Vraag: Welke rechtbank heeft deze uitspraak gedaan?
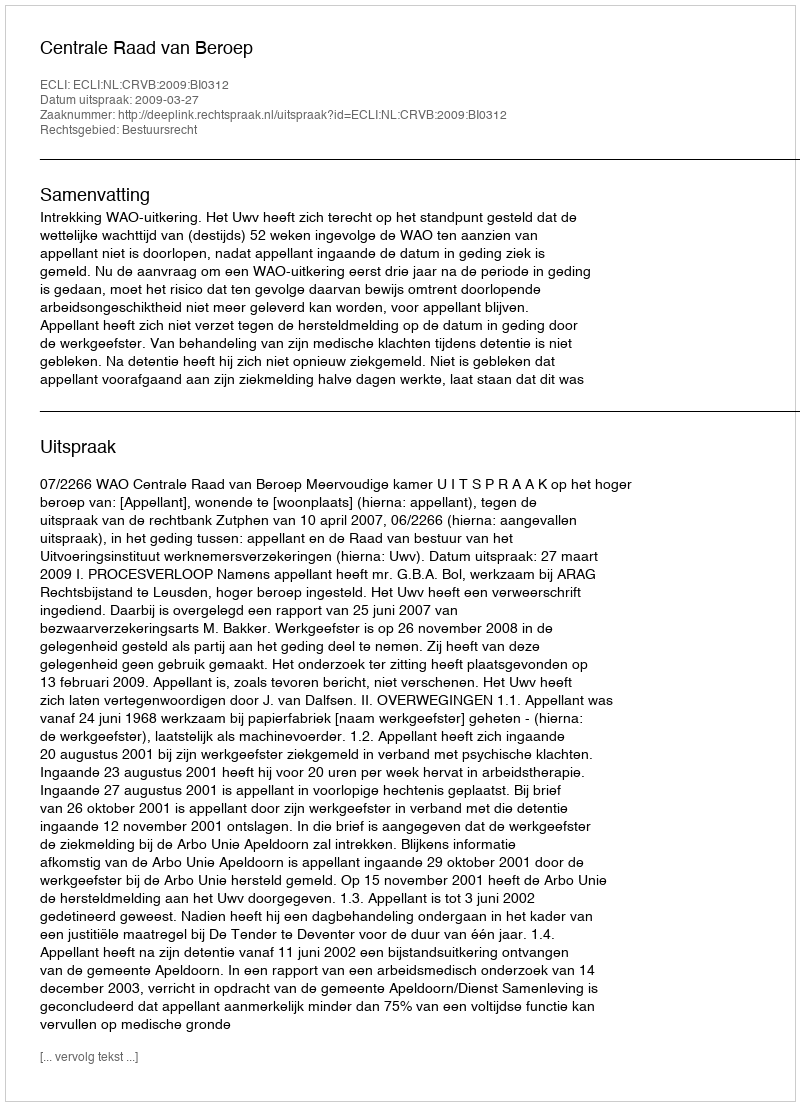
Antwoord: Centrale Raad van Beroep